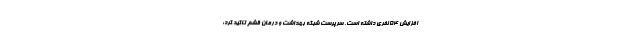
افزایش ۵۴ نفری داشته است. سرپرست شبکه بهداشت و درمان قشم تاکید کرد: